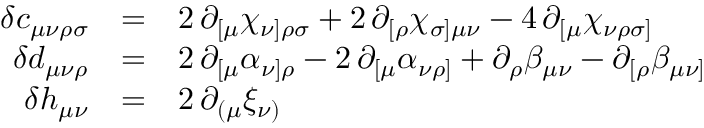
\begin{array} { r c l } { { \delta c _ { \mu \nu \rho \sigma } } } & { { = } } & { { 2 \, \partial _ { [ \mu } \chi _ { \nu ] \rho \sigma } + 2 \, \partial _ { [ \rho } \chi _ { \sigma ] \mu \nu } - 4 \, \partial _ { [ \mu } \chi _ { \nu \rho \sigma ] } } } \\ { { \delta d _ { \mu \nu \rho } } } & { { = } } & { { 2 \, \partial _ { [ \mu } \alpha _ { \nu ] \rho } - 2 \, \partial _ { [ \mu } \alpha _ { \nu \rho ] } + \partial _ { \rho } \beta _ { \mu \nu } - \partial _ { [ \rho } \beta _ { \mu \nu ] } } } \\ { { \delta h _ { \mu \nu } } } & { { = } } & { { 2 \, \partial _ { ( \mu } \xi _ { \nu ) } } } \end{array}